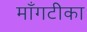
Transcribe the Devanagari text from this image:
माँगटीका